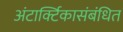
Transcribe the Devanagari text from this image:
अंटार्क्टिकासंबंधित